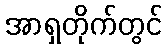
အာရှတိုက်တွင်